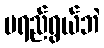
မရည်ရွယ်ဘဲ